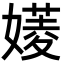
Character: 𡡷